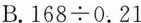
B.$$168\div0.21$$